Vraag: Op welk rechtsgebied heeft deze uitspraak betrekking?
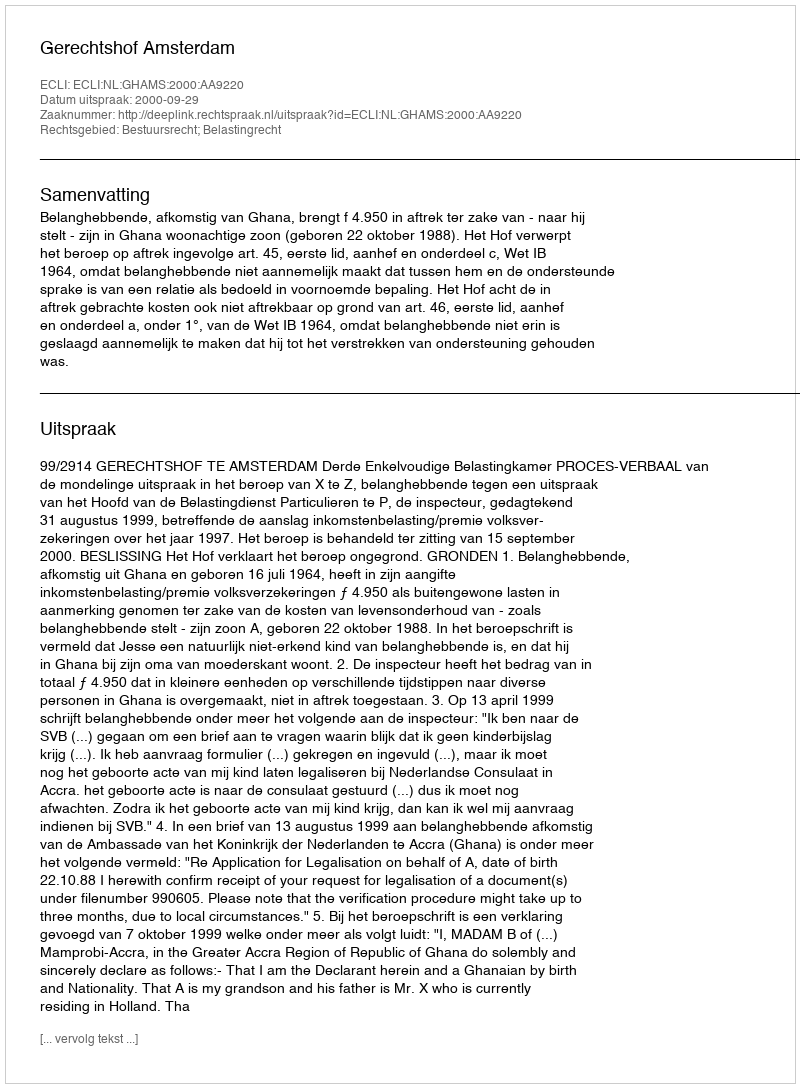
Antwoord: Bestuursrecht; Belastingrecht